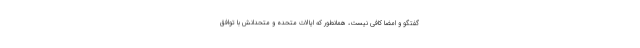
گفتگو و امضا کافی نیست، همانطور كه ایالات متحده و متحدانش با توافق